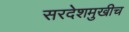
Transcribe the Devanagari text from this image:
सरदेशमुखीच